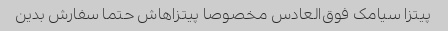
پیتزا سیامک فوق‌العادس مخصوصا پیتزاهاش حتما سفارش بدین